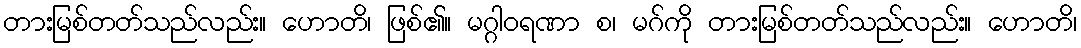
တားမြစ်တတ်သည်လည်း။ ဟောတိ၊ ဖြစ်၏။ မဂ္ဂါဝရဏာ စ၊ မဂ်ကို တားမြစ်တတ်သည်လည်း။ ဟောတိ၊